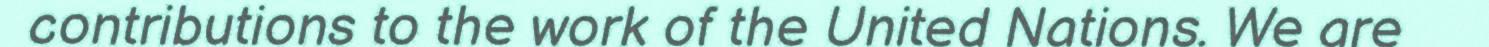
contributions to the work of the United Nations. We are